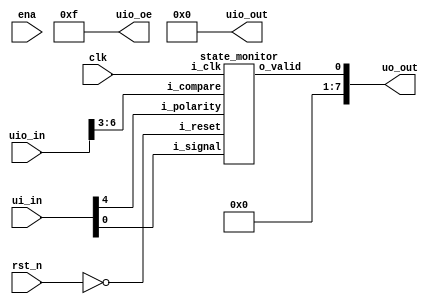
`default_nettype none

module tt_um_state_monitor #( parameter MAX_COUNT = 24'd10_000_000 ) (
    input  wire [7:0] ui_in,    // Dedicated inputs 
    output wire [7:0] uo_out,   // Dedicated outputs
    input  wire [7:0] uio_in,   // IOs: Bidirectional Input path
    output wire [7:0] uio_out,  // IOs: Bidirectional Output path
    output wire [7:0] uio_oe,   // IOs: Bidirectional Enable path (active high: 0=input, 1=output)
    input  wire       ena,      // will go high when the design is enabled
    input  wire       clk,      // clock
    input  wire       rst_n     // reset_n - low to reset
);

    wire reset = ! rst_n;

    
    assign uo_out[7:1] = 0;

    // use bidirectionals as inputs
    assign uio_oe = 8'b0000_1111;
    assign uio_out = 8'b0;

    // external inputs setup the delay value of state transients
    wire [3:0] compare = uio_in[7:3];


    state_monitor state_monitor(
        .i_reset(reset),
        .i_clk(clk),
        .i_signal(ui_in[0]),
        .i_polarity(ui_in[4]),
        .o_valid(uo_out[0]),
        .i_compare(compare)
    );

endmodule


module state_monitor(
    input wire i_reset,  //active high
    input wire i_clk,
    input wire i_signal,
    input wire i_polarity,  //(active high: 0=i_signal valid when 0, 1=i_signal valid when 1)
    output wire o_valid,
    input wire [3:0] i_compare
);

    // external clock is 10kHz, so need 16 bit counter to count to 160.000. (16s delay of transients)
    reg [15:0] r_counter;

    reg r_buf_signal;

    localparam STATE_IDLE = 0;
    localparam STATE_TRANSIENT = 1;
    reg [1:0] r_state;


    wire w_invalid_detected = (i_polarity) ? (i_signal == 1'b0) :
                                             (i_signal == 1'b1) ;

    assign o_valid =~ (r_state == STATE_TRANSIENT);

    always @(posedge i_clk) begin
        // if reset, set counter to 0
        if (i_reset) begin
            r_counter <= 0;
            r_state <= 0;
            r_buf_signal <= 0;
        end else begin
            r_buf_signal <= i_signal;

            case (r_state)
                STATE_IDLE: begin
                r_counter <= 10000 * (i_compare+1'b1);
                r_state <= (w_invalid_detected) ? STATE_TRANSIENT : STATE_IDLE;
                end
                STATE_TRANSIENT: begin
                    r_counter <= (r_counter!=0) ? r_counter - 1 : r_counter;
                    r_state <= (r_counter == 0)&&(~w_invalid_detected) ? STATE_IDLE : STATE_TRANSIENT;
                end
            endcase
        end 
    end

endmodule